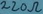
Text: 220Ω